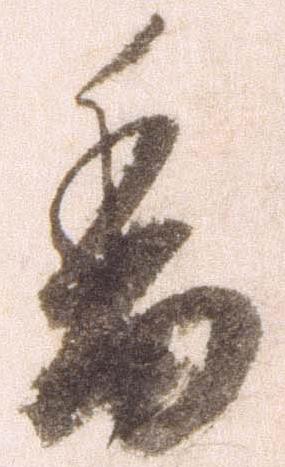
香